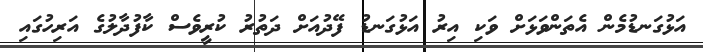
އަޅުގަނޑުމެން އެތަންވަޅަށް ވަކި އިރު އަޅުގަނޑު ފޭދުއަށް ދަތުރު ކުރީވެސް ކާފުދާލުގެ އަރިހުގައި